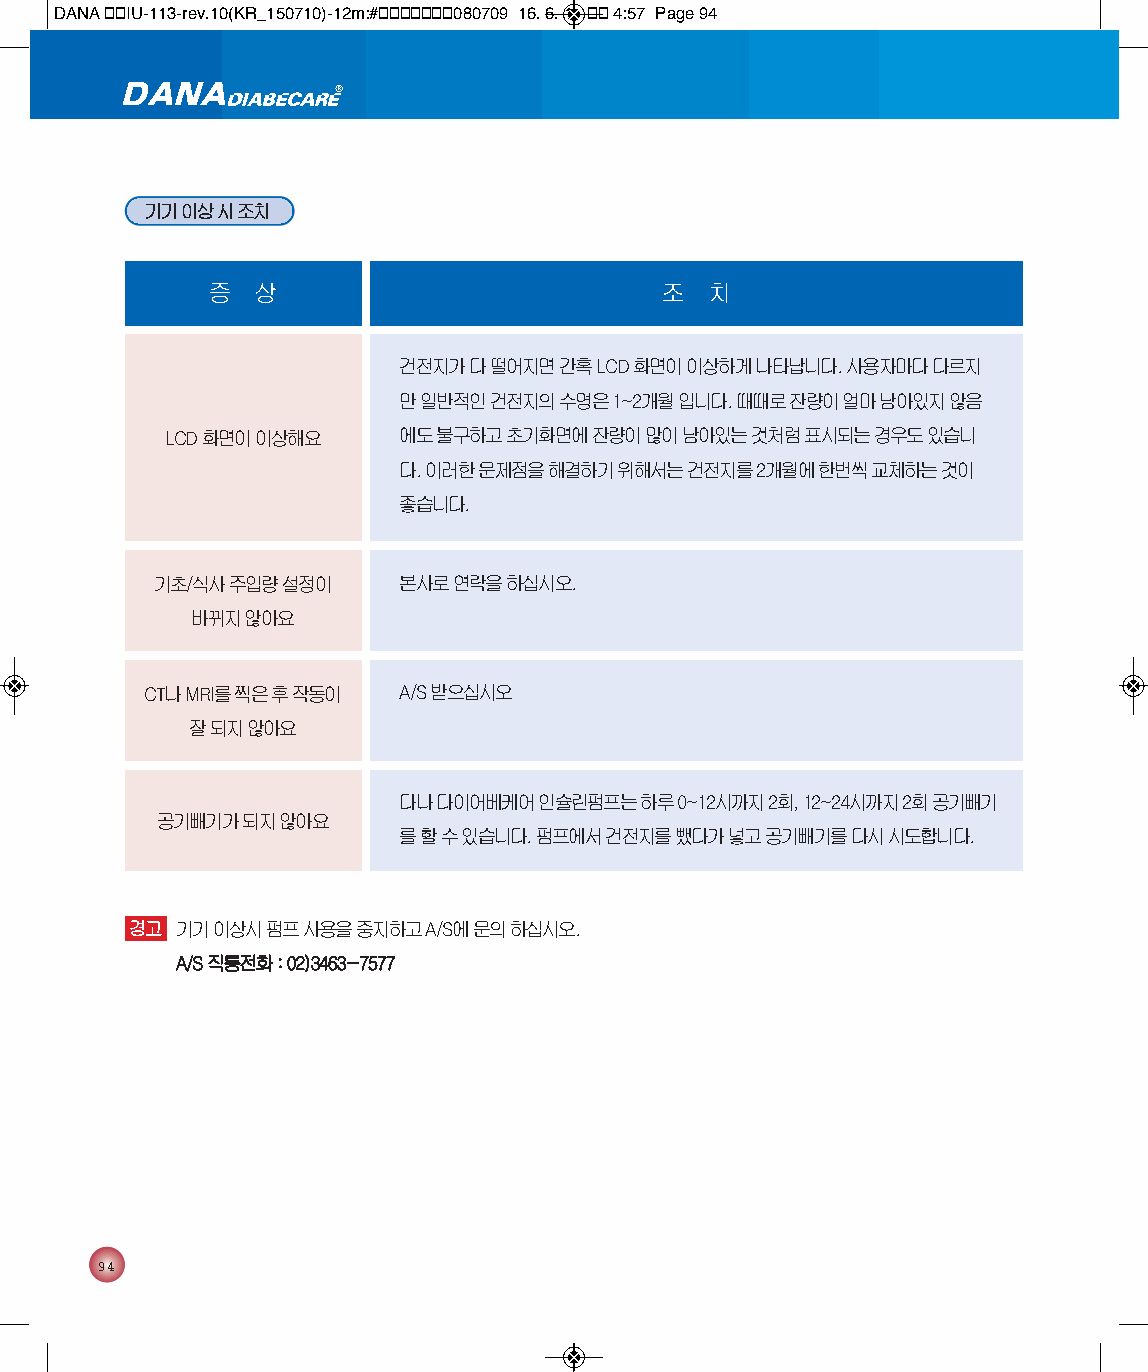
DANA 통통IU-113-rev.10(KR_150710)-12m:#통통통통통통통080709 16. 6. 1. 통통 4:57 Page 94
 기기 이상 시 조치
 증  상                          조  치
 건전지가 다 떨어지면 간혹 LCD화면이 이상하게 나타납니다. 사용자마다 다르지
 만 일반적인 건전지의 수명은 1~2개월 입니다. 때때로 잔량이 얼마 남아있지 않음
 LCD화면이 이상해요    에도 불구하고 초기화면에 잔량이 많이 남아있는 것처럼 표시되는 경우도 있습니
 다. 이러한 문제점을 해결하기 위해서는 건전지를 2개월에 한번씩 교체하는 것이
 좋습니다.
 기초/식사 주입량 설정이   본사로 연락을 하십시오.
 바뀌지 않아요
 CT나 MRI를 찍은 후 작동이 A/S받으십시오
 잘 되지 않아요
 다나 다이어베케어 인슐린펌프는 하루 0~12시까지 2회, 12~24시까지 2회 공기빼기
 공기빼기가 되지 않아요
 를 할 수 있습니다. 펌프에서 건전지를 뺐다가 넣고 공기빼기를 다시 시도합니다.
 경고 기기 이상시 펌프 사용을 중지하고 A/S에 문의 하십시오.
 A/S직통전화 : 02)3463-7577
 94